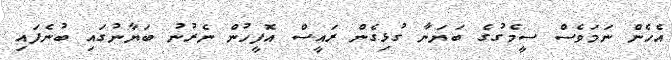
އެހެން ނަމަވެސް ސީމެގުގެ ބަޔަނާ ގުޅިގެން ރައީސް އޮފީހުން ނެރުނު ބަޔާނުގައި ބުނެފައި